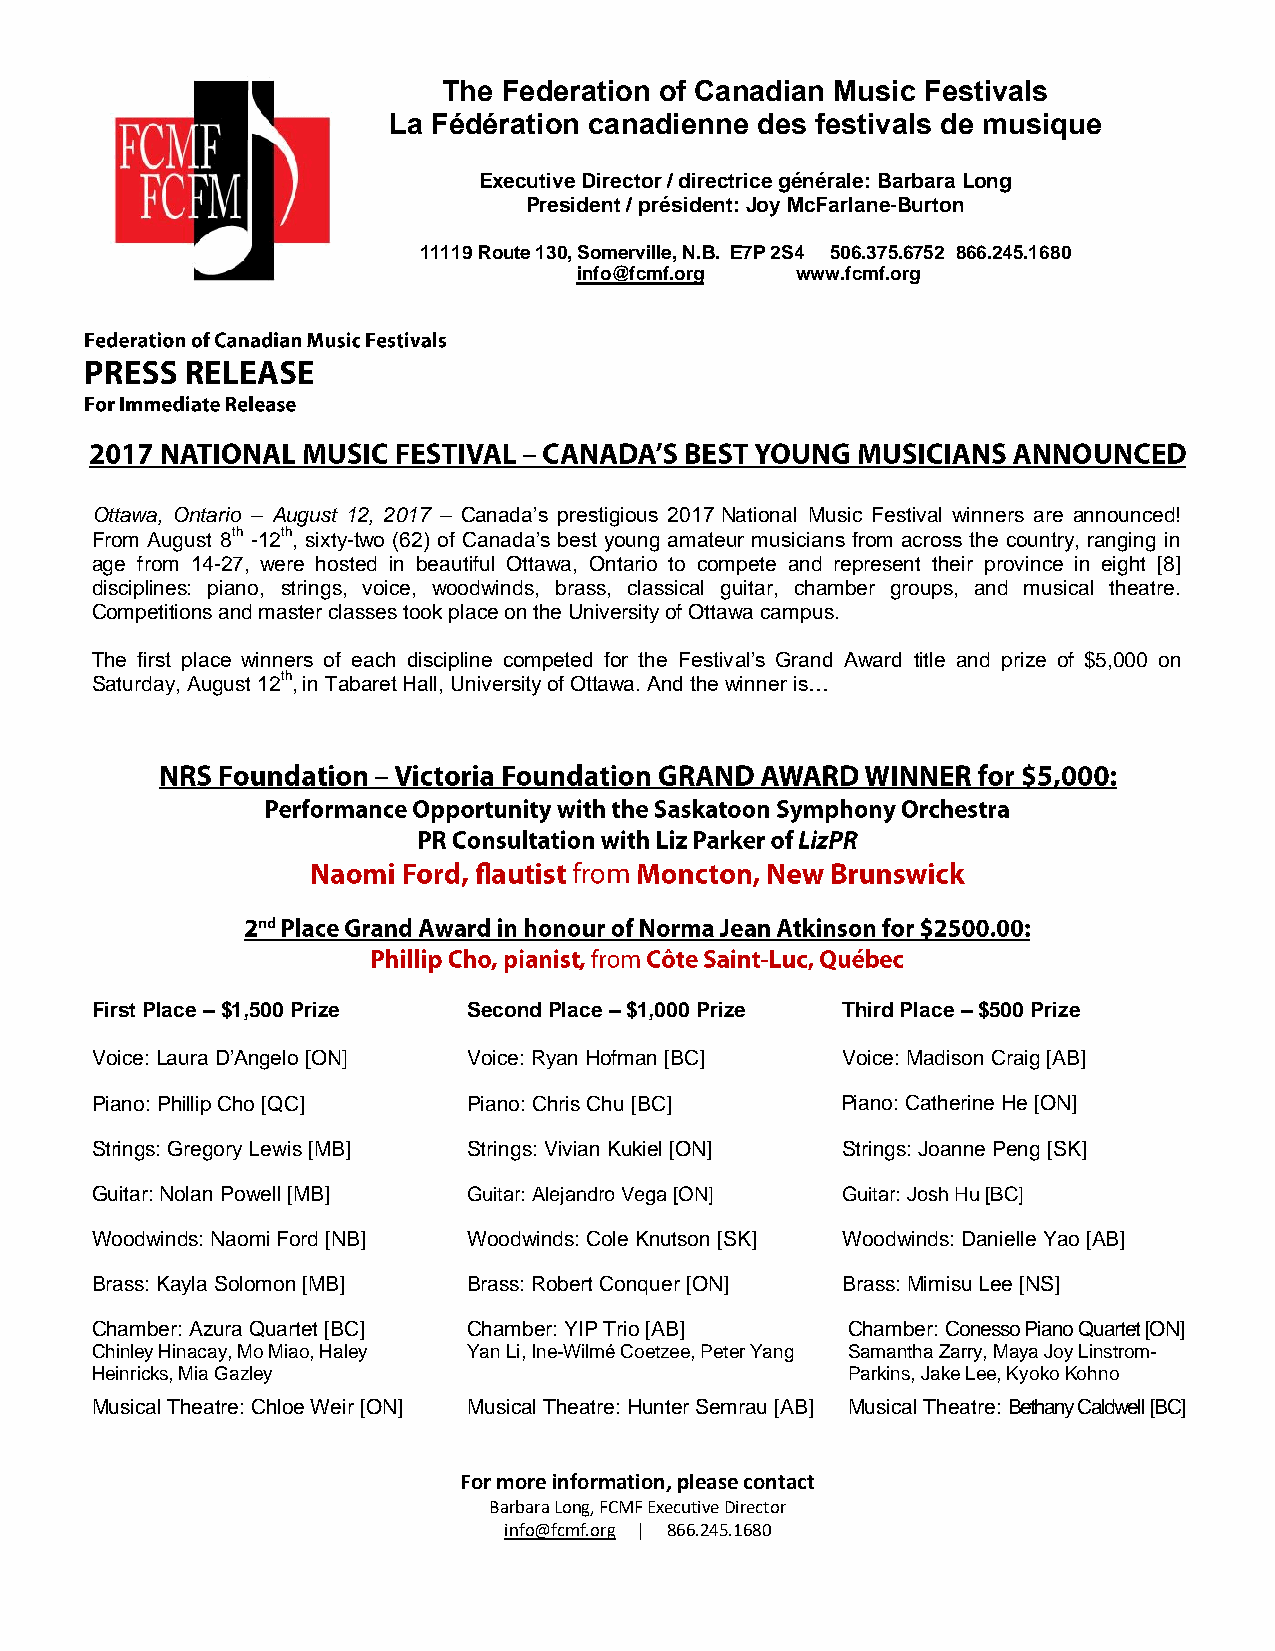
The Federation of Canadian Music Festivals
 La Fédération canadienne des festivals de musique
 Executive Director / directrice générale: Barbara Long
 President / président: Joy McFarlane-Burton
 11119 Route 130, Somerville, N.B. E7P 2S4 506.375.6752 866.245.1680
 info@fcmf.org  www.fcmf.org
 Ottawa, Ontario – August 12, 2017 – Canada’s prestigious 2017 National Music Festival winners are announced!
 From August 8th -12th, sixty-two (62) of Canada’s best young amateur musicians from across the country, ranging in
 age from 14-27, were hosted in beautiful Ottawa, Ontario to compete and represent their province in eight [8]
 disciplines: piano, strings, voice, woodwinds, brass, classical guitar, chamber groups, and musical theatre.
 Competitions and master classes took place on the University of Ottawa campus.
 The first place winners of each discipline competed for the Festival’s Grand Award title and prize of $5,000 on
 Saturday, August 12th, in Tabaret Hall, University of Ottawa. And the winner is…
 First Place – $1,500 Prize Second Place – $1,000 Prize Third Place – $500 Prize
 Voice: Laura D’Angelo [ON] Voice: Ryan Hofman [BC] Voice: Madison Craig [AB]
 Piano: Phillip Cho [QC]  Piano: Chris Chu [BC]    Piano: Catherine He [ON]
 Strings: Gregory Lewis [MB] Strings: Vivian Kukiel [ON] Strings: Joanne Peng [SK]
 Guitar: Nolan Powell [MB] Guitar: Alejandro Vega [ON] Guitar: Josh Hu [BC]
 Woodwinds: Naomi Ford [NB] Woodwinds: Cole Knutson [SK] Woodwinds: Danielle Yao [AB]
 Brass: Kayla Solomon [MB] Brass: Robert Conquer [ON] Brass: Mimisu Lee [NS]
 Chamber: Azura Quartet [BC] Chamber: YIP Trio [AB] Chamber: Conesso Piano Quartet [ON]
 Chinley Hinacay, Mo Miao, Haley Yan Li, Ine-Wilmé Coetzee, Peter Yang Samantha Zarry, Maya Joy Linstrom-
 Heinricks, Mia Gazley                             Parkins, Jake Lee, Kyoko Kohno
 Musical Theatre: Chloe Weir [ON] Musical Theatre: Hunter Semrau [AB] Musical Theatre: Bethany Caldwell [BC]
 For more information, please contact
 Barbara Long, FCMF Executive Director
 info@fcmf.org | 866.245.1680